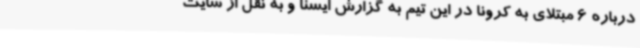
درباره 6 مبتلای به کرونا در این تیم به گزارش ایسنا و به نقل از سایت